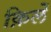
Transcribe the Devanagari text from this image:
क़िलें